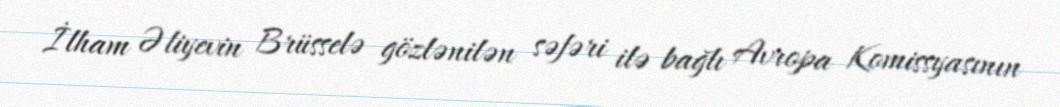
İlham Əliyevin Brüsselə gözlənilən səfəri ilə bağlı Avropa Komissyasının